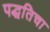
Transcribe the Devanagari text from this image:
पद्धतिचा